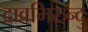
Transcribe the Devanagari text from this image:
दावमिरुन्दु